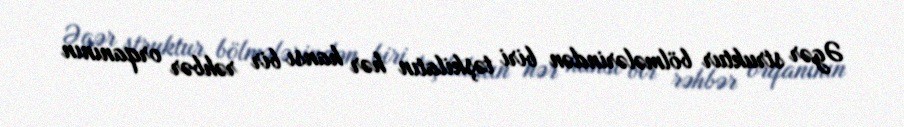
Əgər struktur bölmələrindən biri təşkilatın hər hansı bir rəhbər orqanının